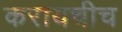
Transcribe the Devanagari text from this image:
करायचीच